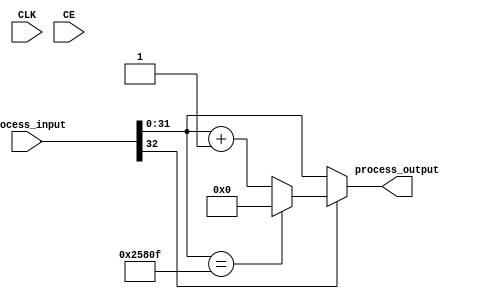
module incif_wrapuint32_153615_inc1(input CLK, input CE, input [32:0] process_input, output [31:0] process_output);
parameter INSTANCE_NAME="INST";
  wire [31:0] unnamedcast8525USEDMULTIPLEcast;assign unnamedcast8525USEDMULTIPLEcast = (process_input[31:0]); 
  assign process_output = (((process_input[32]))?((({(unnamedcast8525USEDMULTIPLEcast==(32'd153615))})?((32'd0)):({(unnamedcast8525USEDMULTIPLEcast+(32'd1))}))):(unnamedcast8525USEDMULTIPLEcast));
endmodule